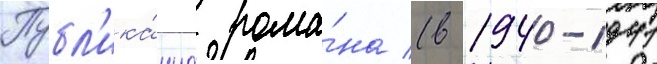
Публ'ика́циа рома́на (в 1940-1941